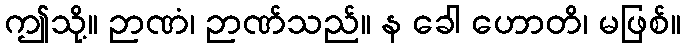
ဤသို့။ ဉာဏံ၊ ဉာဏ်သည်။ န ခေါ ဟောတိ၊ မဖြစ်။